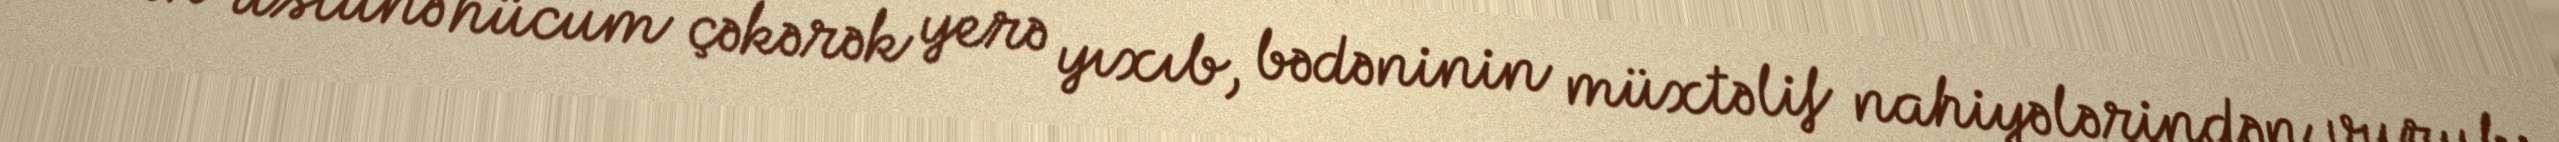
onun üstünə hücum çəkərək yerə yıxıb, bədəninin müxtəlif nahiyələrindən vurub: